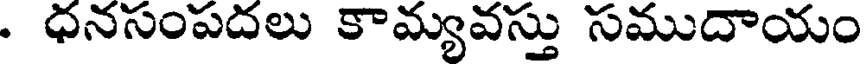
. ధనసంపదలు కామ్యవస్తు సముదాయం